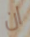
ان